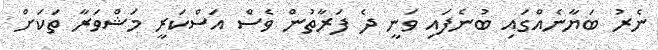
ނެރު ބަޔާނެއްގައި ބުނެފައި ވަނީ ދެ ފަރާތުން ވެސް އަސްކަރީ މަޝްވަރާ ތަކަށް